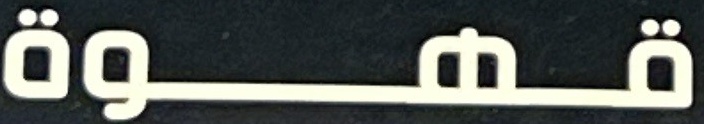
قهوة